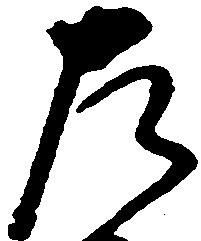
左